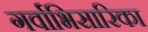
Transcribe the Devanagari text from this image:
गर्वाभिसारिका